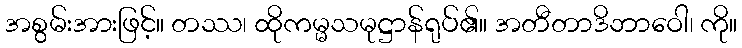
အစွမ်းအားဖြင့်။ တဿ၊ ထိုကမ္မသမုဋ္ဌာန်ရုပ်၏။ အတီတာဒိဘာဝေါ၊ ကို။